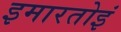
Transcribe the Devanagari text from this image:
इमारतोइं